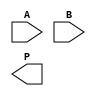
module low_power_wallace_tree_multiplier #(parameter N = 4) (
    input [N-1:0] A,
    input [N-1:0] B,
    output reg [2*N-1:0] P
);

    // Partial product generation
    wire [N-1:0] pp [N-1:0]; // Partial products
    genvar i, j;
    generate
        for (i = 0; i < N; i = i + 1) begin : pp_gen
            for (j = 0; j < N; j = j + 1) begin : pp_row
                assign pp[i][j] = A[i] & B[j];
            end
        end
    endgenerate

    // Wallace tree reduction
    wire [N-1:0] sum [N-1:0];
    wire [N-1:0] carry [N-1:0];
    
    // Stage 1: Grouping and reduction
    generate
        for (i = 0; i < N; i = i + 1) begin : reduction_stage
            if (i < N-1) begin
                // Full adder for groups of three bits
                assign {carry[i][i], sum[i][i]} = pp[i][0] + pp[i][1] + pp[i][2];
                assign {carry[i][i+1], sum[i][i+1]} = pp[i][3] + pp[i][4] + pp[i][5];
            end else begin
                // Last stage
                assign {carry[i][i], sum[i][i]} = pp[i][0] + pp[i][1] + pp[i][2];
            end
        end
    endgenerate

    // Final addition of the last two rows
    wire [2*N-1:0] final_sum;
    wire [2*N-1:0] final_carry;

    assign {final_carry, final_sum} = {1'b0, sum[N-1]} + {1'b0, sum[N-2]} + {1'b0, carry[N-2]};

    // Output assignment
    always @(*) begin
        P = final_sum + final_carry;
    end

endmodule